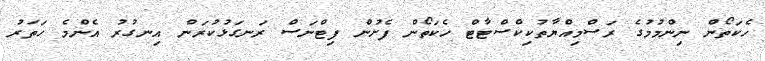
ހެކަތޯން ނިންމުމުގެ ރަސްމިއްޔާތުކިކްސްޓާޓް ހެކަތޯން ފެށުން ފިޓްނަސް ރަނގަޅުކުރަން އިނގުރު އެންމެ ހަތަރު